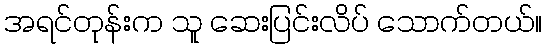
အရင်တုန်းက သူ ဆေးပြင်းလိပ် သောက်တယ်။